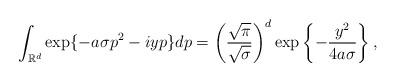
LaTeX: \begin{align*}\int_{\mathbb{R}^{d}}\exp\{-a \sigma p^{2}-iyp\}dp = \left(\frac{\sqrt{\pi}}{\sqrt{\sigma}}\right)^{d}\exp\left\{-\frac{y^{2}}{4a\sigma}\right\},\end{align*}